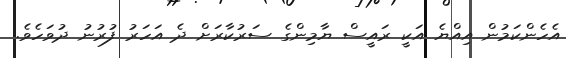
އެހެންކަމުން އިއްޔެ އަކީ ރައީސް ޔާމިންގެ ސަރުކާރަށް ދެ އަހަރު ފުރުނު ދުވަހެވެ.